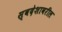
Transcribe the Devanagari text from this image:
स्वदेशावरील